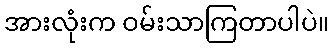
အားလုံးက ဝမ်းသာကြတာပါပဲ။